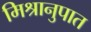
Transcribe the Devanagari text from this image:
मिश्रानुपात